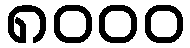
၈၀၀၀